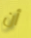
أن